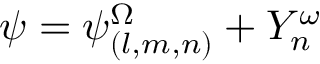
\psi = \psi _ { ( l , m , n ) } ^ { \Omega } + Y _ { n } ^ { \omega }